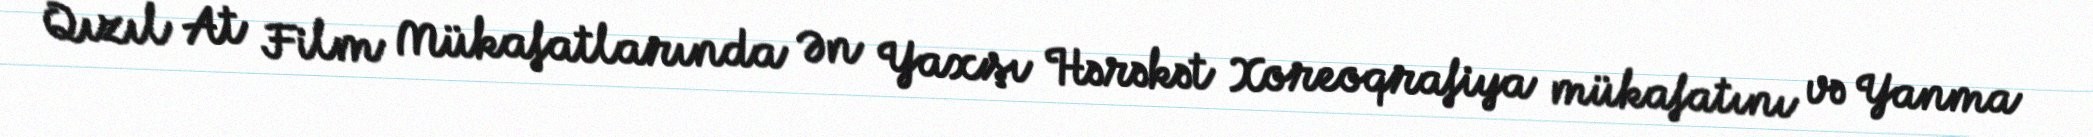
Qızıl At Film Mükafatlarında Ən Yaxşı Hərəkət Xoreoqrafiya mükafatını və Yanma